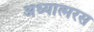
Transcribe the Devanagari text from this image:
अध्यात्मरस